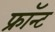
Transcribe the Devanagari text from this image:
फ्रॉन्ट